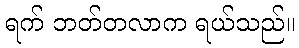
ရက် ဘတ်တလာက ရယ်သည်။